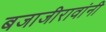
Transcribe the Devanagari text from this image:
बजाजीरावांनी